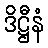
ဒိဋ္ဌီနံ